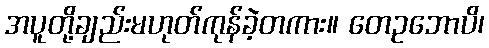
အပူတို့ချည်းမဟုတ်ကုန်ခဲ့တကား။ တေဥဘောပိ၊